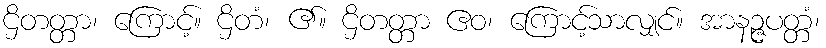
ဌိတတ္တာ၊ ကြောင့်။ ဌိတံ၊ ၏။ ဌိတတ္တာ ဧဝ၊ ကြောင့်သာလျှင်။ အာနဉ္ဇပတ္တံ၊